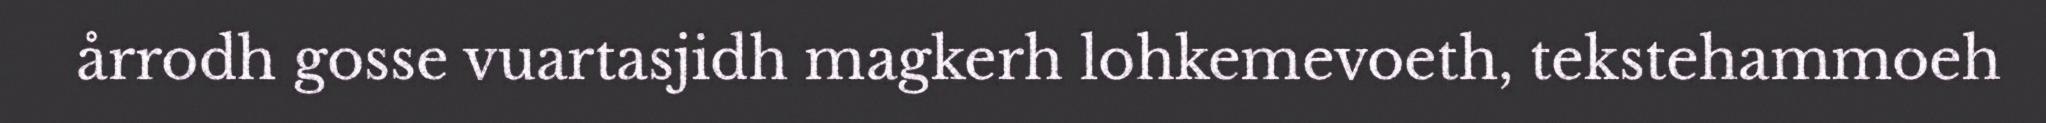
årrodh gosse vuartasjidh magkerh lohkemevoeth, tekstehammoeh